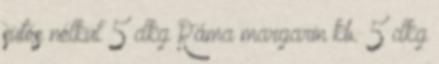
sütés nélkül 5 dkg Ráma margarin kb. 5 dkg